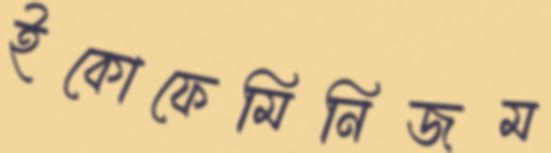
ইকোফেমিনিজম